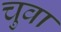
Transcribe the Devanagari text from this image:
चुवा